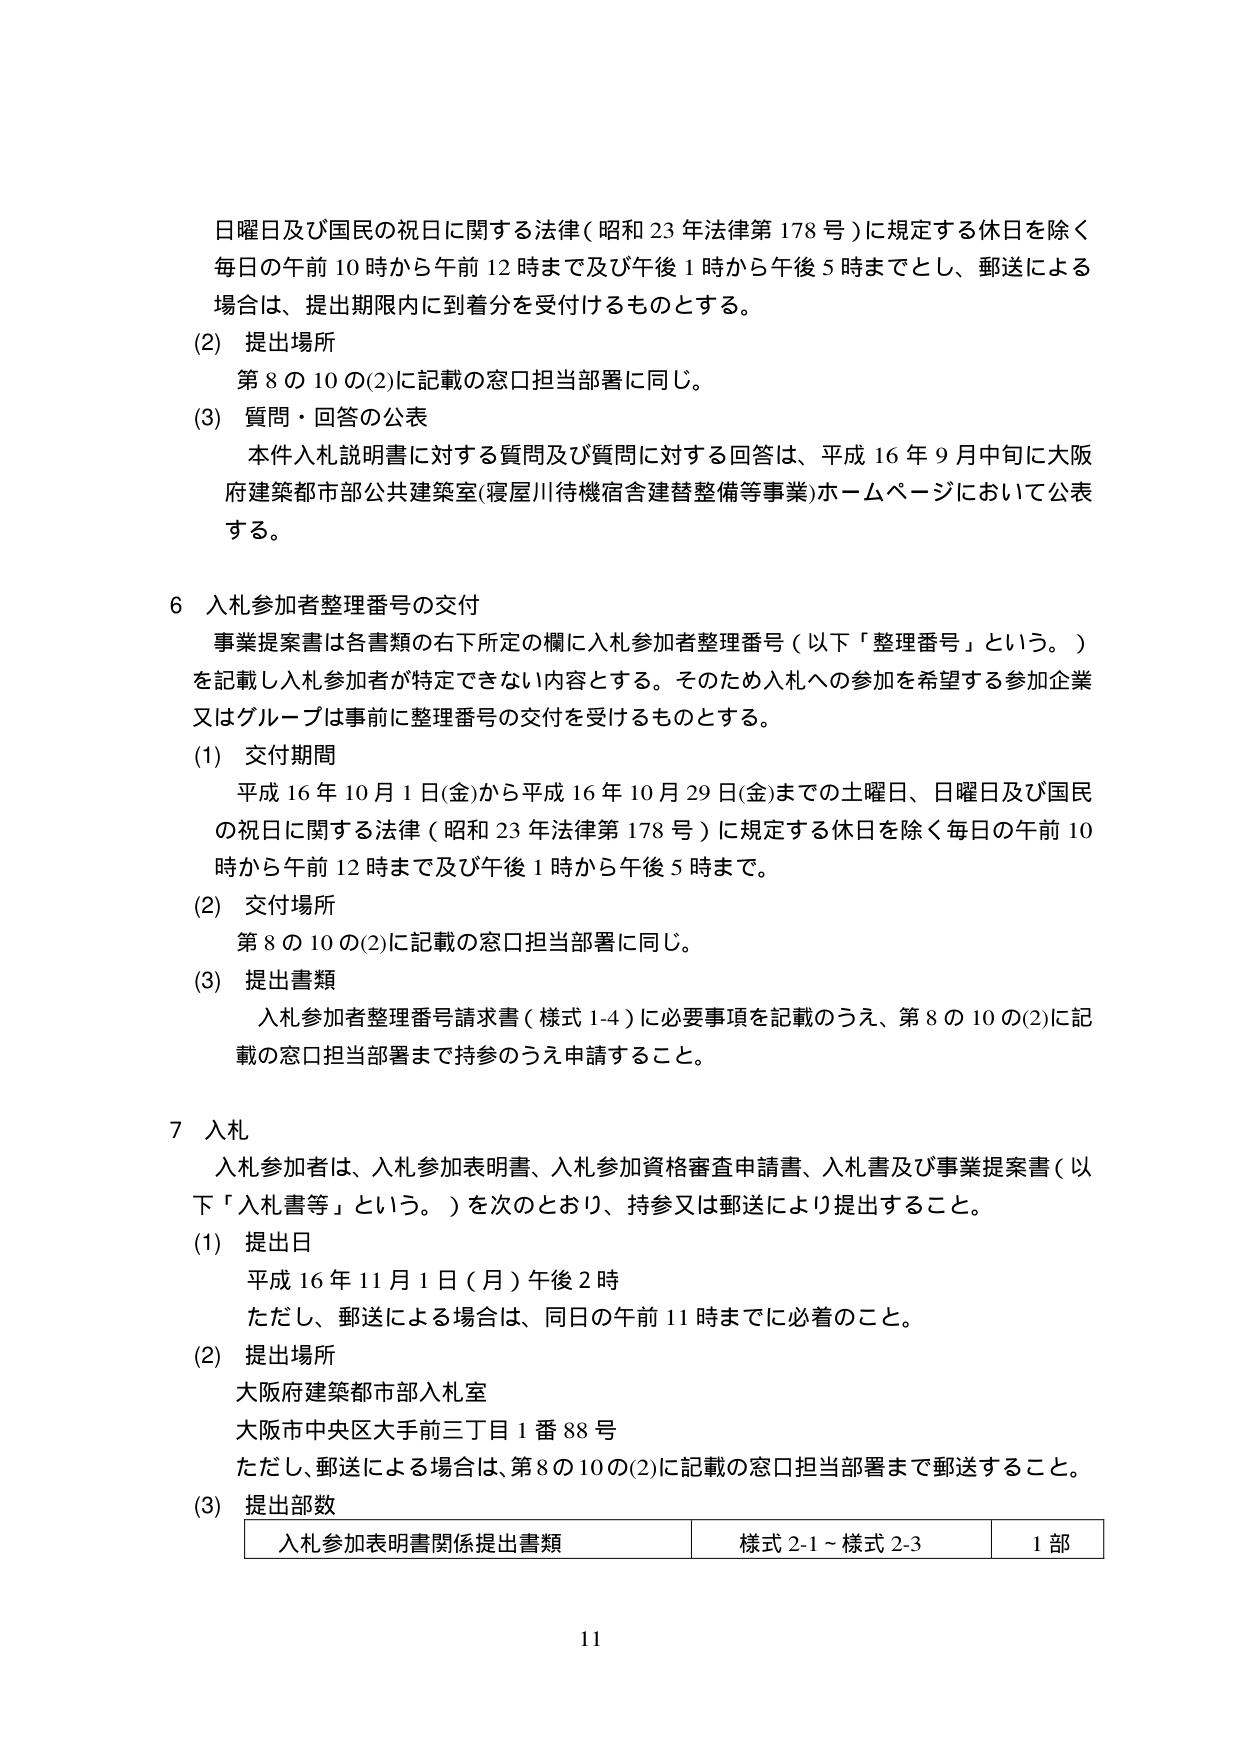
日曜日及び国民の祝日に関する法律（昭和23年法律第178号）に規定する休日を除く
毎日の午前10時から午前12時まで及び午後1時から午後5時までとし、郵送による
場合は、提出期限内に到着分を受付けるものとする。

(2) 提出場所
第8の10の(2)に記載の窓口担当部署に同じ。

(3) 質問・回答の公表
本件入札説明書に対する質問及び質問に対する回答は、平成16年9月中旬に大阪
府建築都市部公共建築室（寝屋川待機宿舎建替整備等事業）ホームページにおいて公表
する。

6 入札参加者整理番号の交付
事業提案書は各書類の右下所定の欄に入札参加者整理番号（以下「整理番号」という。）
を記載し入札参加者が特定できない内容とする。そのため入札への参加を希望する参加企業
又はグループは事前に整理番号の交付を受けるものとする。

(1) 交付期間
平成16年10月1日(金)から平成16年10月29日(金)までの土曜日、日曜日及び国民
の祝日に関する法律（昭和23年法律第178号）に規定する休日を除く毎日の午前10
時から午前12時まで及び午後1時から午後5時まで。

(2) 交付場所
第8の10の(2)に記載の窓口担当部署に同じ。

(3) 提出書類
入札参加者整理番号請求書（様式1-4）に必要事項を記載のうえ、第8の10の(2)に記
載の窓口担当部署まで持参のうえ申請すること。

7 入札
入札参加者は、入札参加表明書、入札参加資格審査申請書、入札書及び事業提案書（以
下「入札書等」という。）を次のとおり、持参又は郵送により提出すること。

(1) 提出日
平成16年11月1日（月）午後2時
ただし、郵送による場合は、同日の午前11時までに必着のこと。

(2) 提出場所
大阪府建築都市部入札室
大阪市中央区大手前三丁目1番88号
ただし、郵送による場合は、第8の10の(2)に記載の窓口担当部署まで郵送すること。

(3) 提出部数
入札参加表明書関係提出書類　様式2-1～様式2-3　1部

11